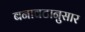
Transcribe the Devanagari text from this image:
बनावटानुसार